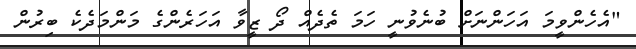
"އެހެންވީމަ އަހަންނަށް ބުނެވުނީ ހަމަ ތެދެއް ދޯ ޒީވާ އަހަރެންގެ މަންމަދެކެ ބިރުން